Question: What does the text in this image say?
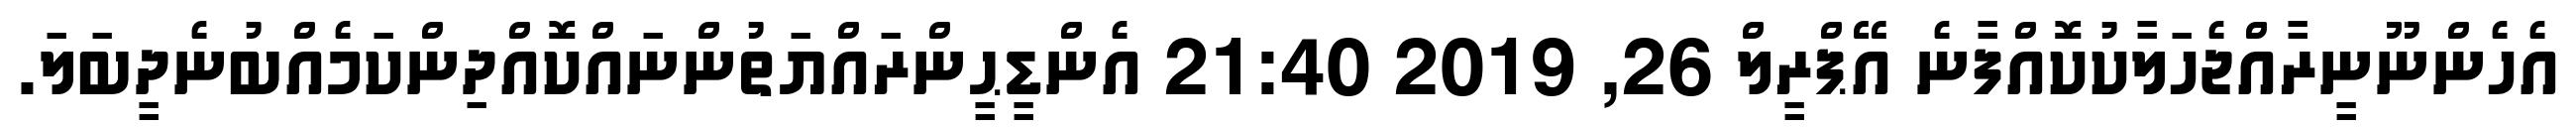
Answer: އެހެންނޫނީރާއްޖެހަލާކުކޮއްފާނެ އޭޕްރީލް 26, 2019 21:40 އެންޑީޙީންރައްޔަތުންނައްކޮއްދިންކަމެއްބުނެދީބަލަ.